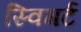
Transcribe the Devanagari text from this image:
स्विगर्ट